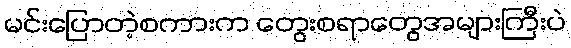
မင်းပြောတဲ့စကားက တွေးစရာတွေအများကြီးပဲ